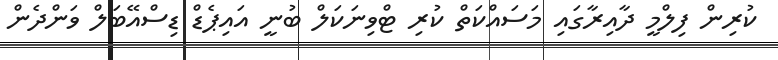
ކުރިން ފިލްމީ ދާއިރާގައި މަސައްކަތް ކުރި ޓްވިނަކަލް ބުނީ އައިޕެޑް ޑިސްއޭބަލް ވަންދެން